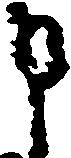
申